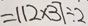
= 1 1 2 \times 3 7 \div 2